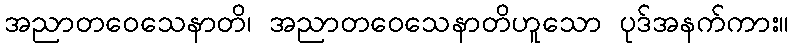
အညာတဝေသေနာတိ၊ အညာတဝေသေနာတိဟူသော ပုဒ်အနက်ကား။